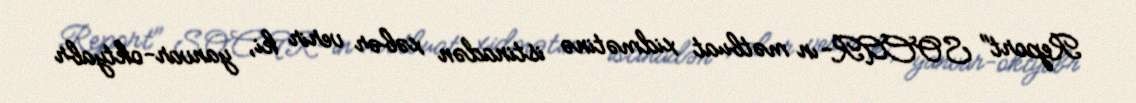
Report" SOCAR-ın mətbuat xidmətinə istinadən xəbər verir ki, yanvar-oktyabr